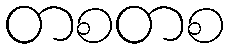
တစတစ